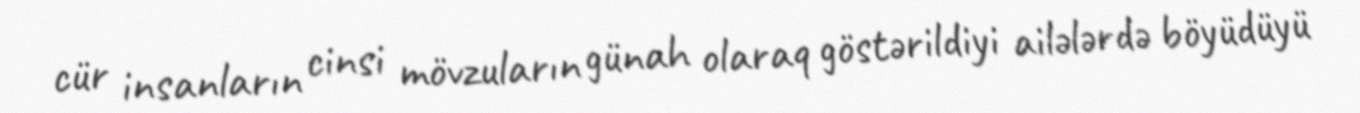
cür insanların cinsi mövzuların günah olaraq göstərildiyi ailələrdə böyüdüyü